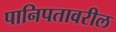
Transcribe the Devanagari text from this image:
पानिपतावरील